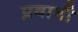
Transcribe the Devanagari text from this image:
प्रवाभी